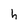
Character: h